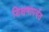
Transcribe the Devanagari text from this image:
शिक्षणापर्यत